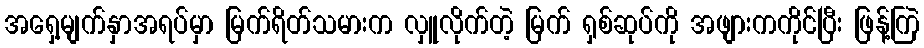
အရှေ့မျက်နှာအရပ်မှာ မြက်ရိတ်သမားက လှူလိုက်တဲ့ မြက် ရှစ်ဆုပ်ကို အဖျားကကိုင်ပြီး ဖြန့်ကြဲ